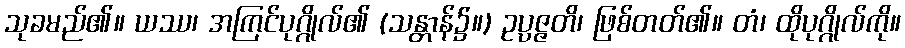
သုခမည်၏။ ယဿ၊ အကြင်ပုဂ္ဂိုလ်၏ (သန္တာန်၌။) ဥပ္ပဇ္ဇတိ၊ ဖြစ်တတ်၏။ တံ၊ ထိုပုဂ္ဂိုလ်ကို။